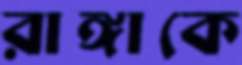
রাঙ্গাকে